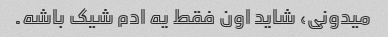
میدونی، شاید اون فقط یه ادم شیک باشه.